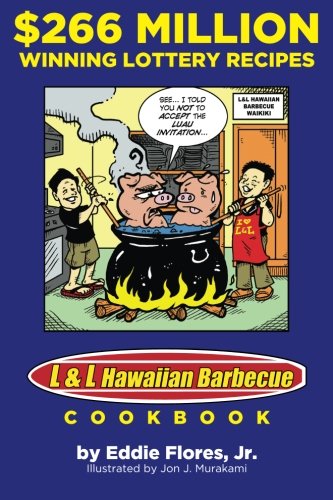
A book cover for $266 Million Winning Lottery Recipes: L&L Hawaiian Barbecue Cookbook; Eddie Flores Jr.; Cookbooks, Food & Wine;